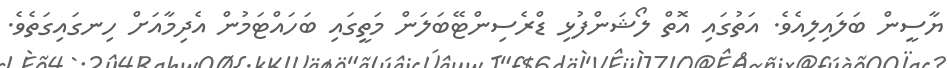
ޔާސީން ބަލައިލިއެވެ. އަތުގައި އޮތް ލޯޝަންފުޅި ޑްރެސިންޓޭބަލަން މަތީގައި ބަހައްޓަމުން އެދިމާއަށް ހިނގައިގަތެވެ.